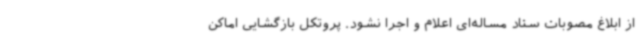
از ابلاغ مصوبات ستاد مساله‌ای اعلام و اجرا نشود. پروتکل بازگشایی اماکن